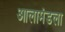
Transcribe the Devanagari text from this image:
आलामंडला